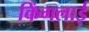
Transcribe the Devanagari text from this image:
किंगलाई